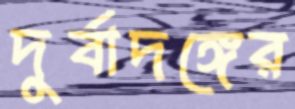
দুর্বাদঙ্গের